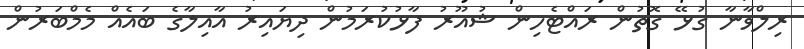
ރިލްވާނާ ގުޅޭ ގޮތުން ރައްޓެހިން ޝުއޫރު ފާޅުކުރަމުން ދިޔައިރު އާއިލާގެ ބައެއް މެމްބަރުން